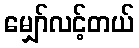
မျှော်လင့်တယ်